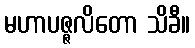
မဟာပဇ္ဇလိတော သိခီ။